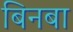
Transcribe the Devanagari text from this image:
बिनबा